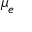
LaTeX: { \boldsymbol { \mu } } _ { e }